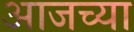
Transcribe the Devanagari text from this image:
अाजच्या